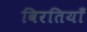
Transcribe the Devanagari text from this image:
विरतियाँ